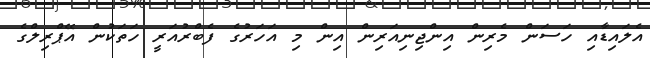
އެލައިޑާއި ހަސަން މެރިން އިންޖިނިއަރިން އިން މި އަހަރުގެ ފެބްރުއަރީ ހަތަކުން އޭޕްރިލްގެ